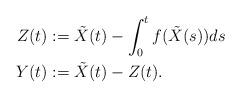
LaTeX: \begin{align*}Z(t)&:=\tilde{X}(t)-\int_0^t f(\tilde{X}(s))ds\\Y(t)&:=\tilde{X}(t)-Z(t).\end{align*}